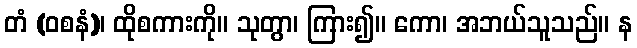
တံ (ဝစနံ)၊ ထိုစကားကို။ သုတွာ၊ ကြား၍။ ကော၊ အဘယ်သူသည်။ န